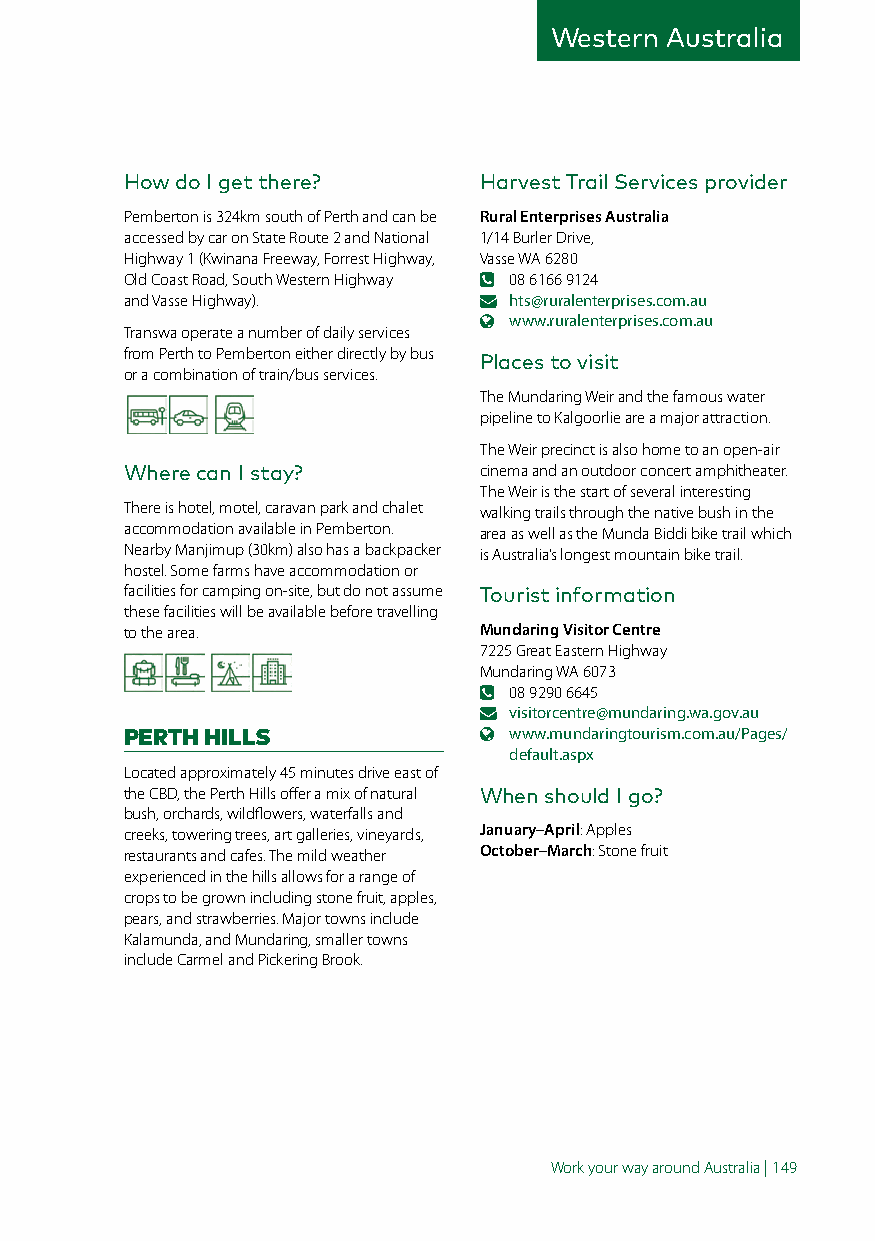
Western Australia
 How do I get there?     Harvest Trail Services provider
 Pemberton is 324km south of Perth and can be Rural Enterprises Australia
 accessed by car on State Route 2 and National 1/14 Burler Drive,
 Highway 1 (Kwinana Freeway, Forrest Highway, Vasse WA 6280
 Old Coast Road, South Western Highway 08 6166 9124
 and Vasse Highway).       hts@ruralenterprises.com.au
 www.ruralenterprises.com.au
 Transwa operate a number of daily services
 from Perth to Pemberton either directly by bus
 Places to visit
 or a combination of train/bus services.
 The Mundaring Weir and the famous water
 pipeline to Kalgoorlie are a major attraction.
 The Weir precinct is also home to an open-air
 Where can I stay?       cinema and an outdoor concert amphitheater.
 The Weir is the start of several interesting
 There is hotel, motel, caravan park and chalet walking trails through the native bush in the
 accommodation available in Pemberton. area as well as the Munda Biddi bike trail which
 Nearby Manjimup (30km) also has a backpacker is Australia’s longest mountain bike trail.
 hostel. Some farms have accommodation or
 facilities for camping on-site, but do not assume Tourist information
 these facilities will be available before travelling
 to the area.            Mundaring Visitor Centre
 7225 Great Eastern Highway
 Mundaring WA 6073
 08 9290 6645
 visitorcentre@mundaring.wa.gov.au
 PERTH HILLS               www.mundaringtourism.com.au/Pages/
 default.aspx
 Located approximately 45 minutes drive east of
 the CBD, the Perth Hills offer a mix of natural When should I go?
 bush, orchards, wildflowers, waterfalls and
 creeks, towering trees, art galleries, vineyards, January–April: Apples
 restaurants and cafes. The mild weather October–March: Stone fruit
 experienced in the hills allows for a range of
 crops to be grown including stone fruit, apples,
 pears, and strawberries. Major towns include
 Kalamunda, and Mundaring, smaller towns
 include Carmel and Pickering Brook.
 Work your way around Australia | 149